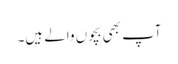
آپ بھی بچوں والے ہیں۔